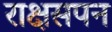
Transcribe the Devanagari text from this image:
राक्षसपन